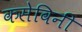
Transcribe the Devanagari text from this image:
कसेविनी